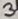
Text: 3